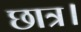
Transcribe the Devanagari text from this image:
छात्र।